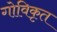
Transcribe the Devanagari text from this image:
गोविकृत